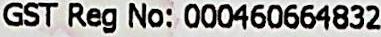
GST REG NO: 000460664832